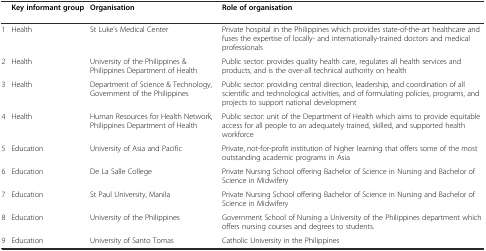
<table><thead><tr><td></td><td><b>Key informant group</b></td><td><b>Organisation</b></td><td><b>Role of organisation</b></td></tr></thead><tbody><tr><td>1</td><td>Health</td><td>St Luke’s Medical Center</td><td>Private hospital in the Philippines which provides state-of-the-art healthcare and fuses the expertise of locally- and internationally-trained doctors and medical professionals</td></tr><tr><td>2</td><td>Health</td><td>University of the Philippines &amp; Philippines Department of Health</td><td>Public sector: provides quality health care, regulates all health services and products, and is the over-all technical authority on health</td></tr><tr><td>3</td><td>Health</td><td>Department of Science &amp; Technology, Government of the Philippines</td><td>Public sector: providing central direction, leadership, and coordination of all scientific and technological activities, and of formulating policies, programs, and projects to support national development</td></tr><tr><td>4</td><td>Health</td><td>Human Resources for Health Network, Philippines Department of Health</td><td>Public sector: unit of the Department of Health which aims to provide equitable access for all people to an adequately trained, skilled, and supported health workforce</td></tr><tr><td>5</td><td>Education</td><td>University of Asia and Pacific</td><td>Private, not-for-profit institution of higher learning that offers some of the most outstanding academic programs in Asia</td></tr><tr><td>6</td><td>Education</td><td>De La Salle College</td><td>Private Nursing School offering Bachelor of Science in Nursing and Bachelor of Science in Midwifery</td></tr><tr><td>7</td><td>Education</td><td>St Paul University, Manila</td><td>Private Nursing School offering Bachelor of Science in Nursing and Bachelor of Science in Midwifery</td></tr><tr><td>8</td><td>Education</td><td>University of the Philippines</td><td>Government School of Nursing a University of the Philippines department which offers nursing courses and degrees to students.</td></tr><tr><td>9</td><td>Education</td><td>University of Santo Tomas</td><td>Catholic University in the Philippines</td></tr></tbody></table>